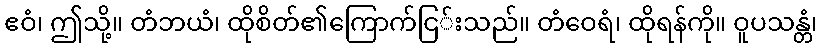
ဧဝံ၊ ဤသို့။ တံဘယံ၊ ထိုစိတ်၏ကြောက်ငြ်းသည်။ တံဝေရံ၊ ထိုရန်ကို။ ဝူပသန္တံ၊